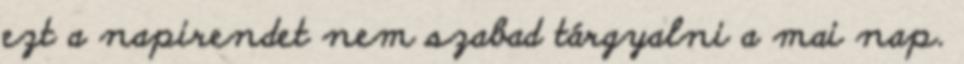
ezt a napirendet nem szabad tárgyalni a mai nap.